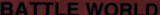
RATTLE WORLD